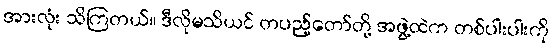
အားလုံး သိကြတယ်။ ဒီလိုမသိယင် တပည့်တော်တို့ အဖွဲ့ထဲက တစ်ပါးပါးကို